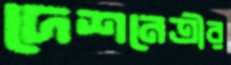
দেশনেত্রীর